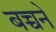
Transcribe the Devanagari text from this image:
बच्चने